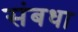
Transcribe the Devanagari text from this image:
संबधा